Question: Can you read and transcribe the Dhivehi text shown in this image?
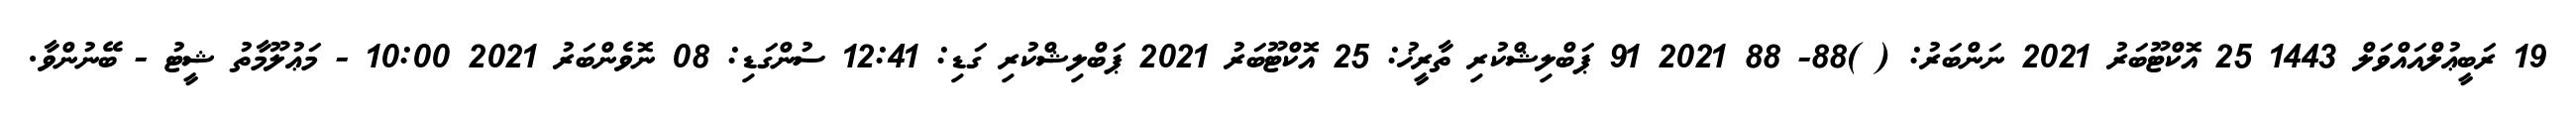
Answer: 19 ރަބީޢުލްއައްވަލް 1443 25 އޮކްޓޫބަރު 2021 ނަންބަރު: ( )88- 88 2021 91 ޕަބްލިޝްކުރި ތާރީޚު: 25 އޮކްޓޫބަރު 2021 ޕަބްލިޝްކުރި ގަޑި: 12:41 ސުންގަޑި: 08 ނޮވެންބަރު 2021 10:00 - މަޢުލޫމާތު ޝީޓު - ބޭނުންވާ.